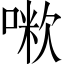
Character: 𠺼